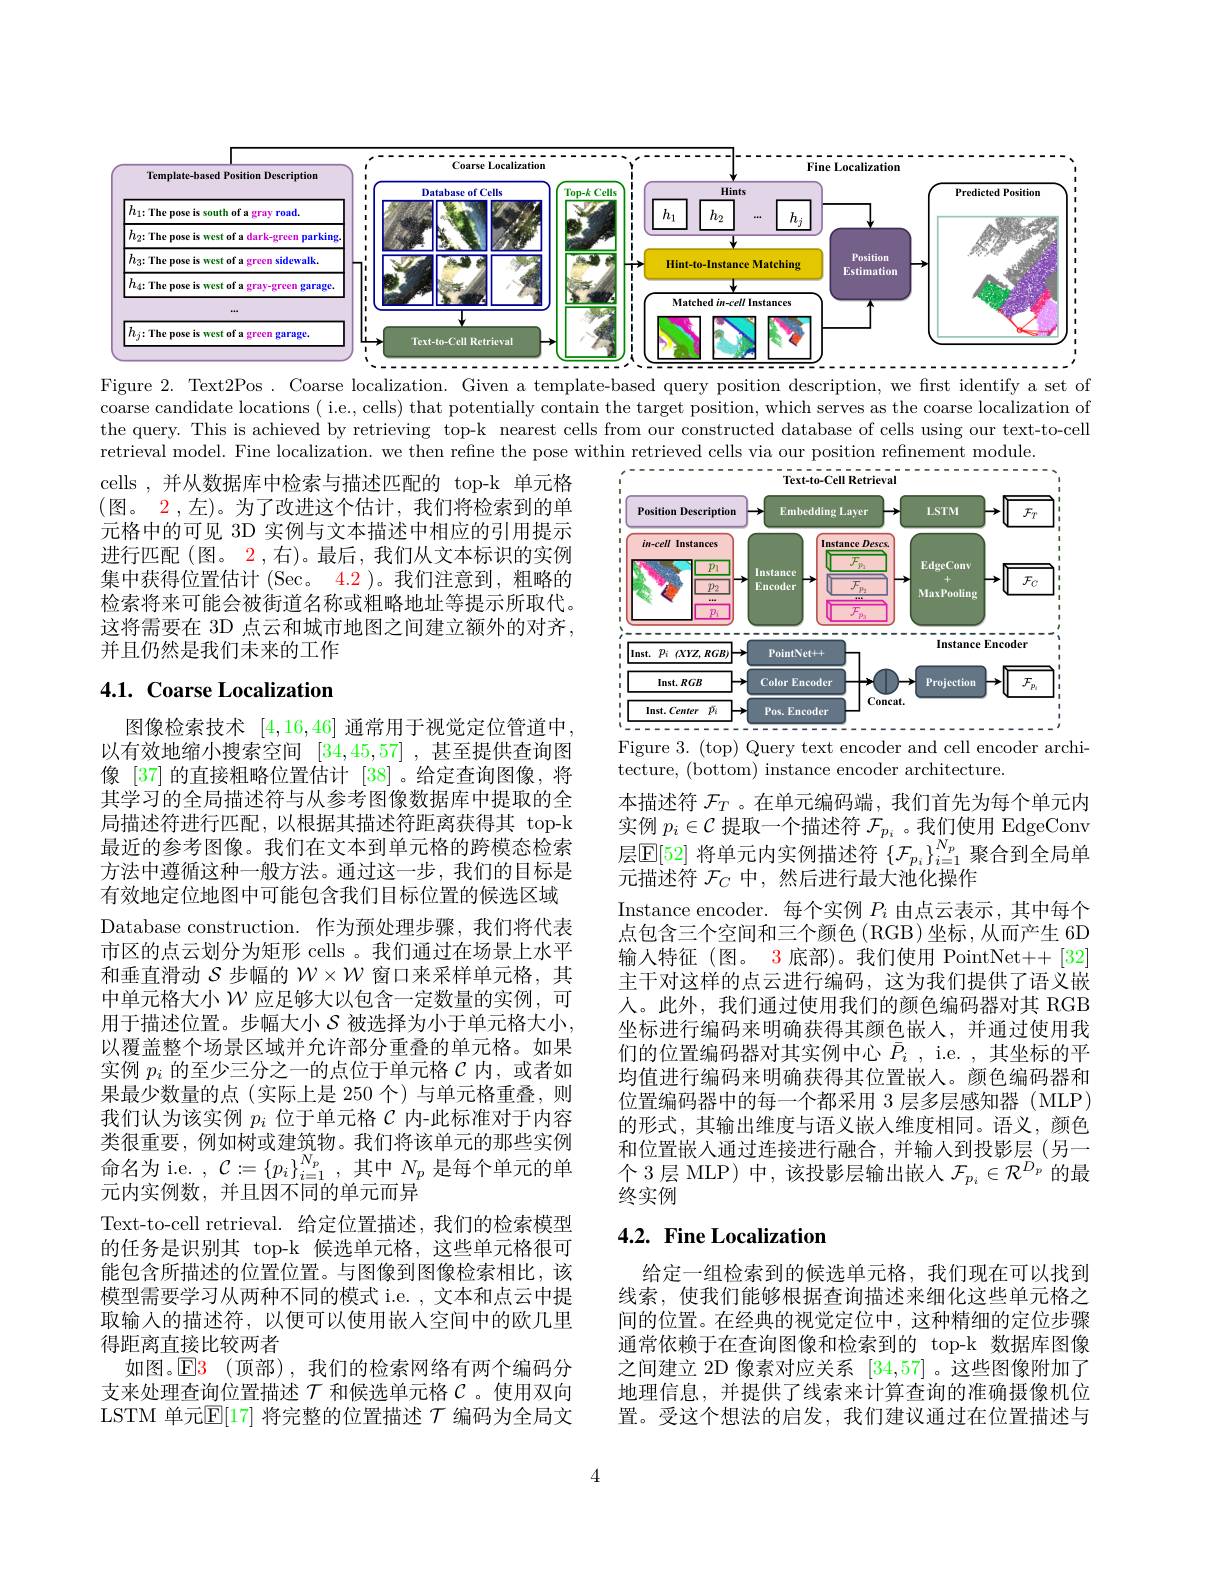
<FigureHere>
Figure 2. Text2Pos . Coarse localization. Given a template-based query position description, we first identify a set of

coarse candidate locations ( i.e., cells) that potentially contain the target position, which serves as the coarse localization of the query. This is achieved by retrieving top-k nearest cells from our constructed database of cells using our text-to-cell retrieval model. Fine localization. we then refine the pose within retrieved cells via our position refinement module

cells ,并从数据库中检索与描述匹配的 top-k 单元格(图。2,左)。为了改进这个估计，我们将检索到的单元格中的可见 3D 实例与文本描述中相应的引用提示进行匹配(图。2,右)。最后，我们从文本标识的实例集中获得位置估计 (Sec。4.2 )。我们注意到，粗略的检索将来可能会被街道名称或粗略地址等提示所取代。这将需要在 3D 点云和城市地图之间建立额外的对齐， 并且仍然是我们未来的工作

<FigureHere>

# 4.1. Coarse Localization

Figure 3. (top) Query text encoder and cell encoder archi-
tecture, (bottom) instance encoder architecture.

本描述符$\mathcal{F}_T$ 。在单元编码端 , 我们首先为每个单元内实例$p_i\in\mathcal{C}$提取一个描述符$\mathcal{F}_p_i$ 。我们使用 EdgeConv 层$\mathbb{E}[52]$将单元内实例描述符$\{\mathcal{F}_p_i\}_{i=1}^{N_p}$聚合到全局单元描述符$\mathcal{F}_C$中，然后进行最大池化操作
Instance encoder.每个实例$P_i$由点云表示，其中每个点包含三个空间和三个颜色(RGB)坐标，从而产生 6D 输入特征(图。3 底部)。我们使用 PointNet++[32] 主干对这样的点云进行编码，这为我们提供了语义嵌人。此外，我们通过使用我们的颜色编码器对其 RGB 坐标进行编码来明确获得其颜色嵌人，并通过使用我们的位置编码器对其实例中心$\bar{P} _i$ , i. e. , 其坐标的平均值进行编码来明确获得其位置嵌人。颜色编码器和位置编码器中的每一个都采用 3 层多层感知器 (MLP) 的形式，其输出维度与语义嵌入维度相同。语义，颜色和位置嵌人通过连接进行融合，并输入到投影层(另一个 3层 MLP)中，该投影层输出嵌人$\mathcal{F}_p_i\in\mathcal{R}^{D_p}$的最终实例

图像检索技术[4,16,46]通常用于视觉定位管道中以有效地缩小搜索空间 [34,45,57] ,甚至提供查询图像 [37] 的直接粗略位置估计 [38]。给定查询图像，将其学习的全局描述符与从参考图像数据库中提取的全局描述符进行匹配，以根据其描述符距离获得其 top-k 最近的参考图像。我们在文本到单元格的跨模态检索方法中遵循这种一般方法。通过这一步，我们的目标是有效地定位地图中可能包含我们目标位置的候选区域Database construction.作为预处理步骤，我们将代表市区的点云划分为矩形 cells 。我们通过在场景上水平和垂直滑动$S$步幅的$\mathcal{W}\times\mathcal{W}$窗口来采样单元格，其中单元格大小$\mathcal{W}$应足够大以包含一定数量的实例，可用于描述位置。步幅大小$\mathcal{S}$被选择为小于单元格大小， 以覆盖整个场景区域并允许部分重叠的单元格。如果实例$p_i$的至少三分之一的点位于单元格$\mathcal{C}$内，或者如果最少数量的点(实际上是 250 个)与单元格重叠，则我们认为该实例$p_i$位于单元格$\mathcal{C}$内-此标准对于内容类很重要，例如树或建筑物。我们将该单元的那些实例命名为 i.e. $,\mathcal{C}:=\{p_i\}_{i=1}^{N_p}$,其中$N_p$是每个单元的单元内实例数，并且因不同的单元而异
Text-to-cell retrieval. 给定位置描述，我们的检索模型的任务是识别其 top-k 候选单元格，这些单元格很可能包含所描述的位置位置。与图像到图像检索相比，该模型需要学习从两种不同的模式 i.e. , 文本和点云中提取输入的描述符，以便可以使用嵌人空间中的欧几里得距离直接比较两者
如图。$\mathsf{E}\color{red}{3}$(顶部),我们的检索网络有两个编码分支来处理查询位置描述$\mathcal{T}$和候选单元格$\mathcal{C}$ 。使用双向LSTM 单元$\mathbb{E}[17]$将完整的位置描述$\mathcal{T}$编码为全局文

## 4.2. Fine Localization

给定一组检索到的候选单元格，我们现在可以找到线索，使我们能够根据查询描述来细化这些单元格之间的位置。在经典的视觉定位中，这种精细的定位步骤通常依赖于在查询图像和检索到的 top-k 数据库图像之间建立 2D 像素对应关系[34,57] 。这些图像附加了地理信息，并提供了线索来计算查询的准确摄像机位置。受这个想法的启发，我们建议通过在位置描述与

4